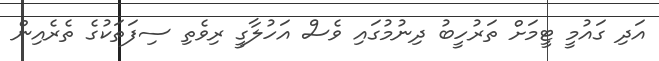
އަދި ގައުމީ ޓީމަށް ތަރުހީބު ދިނުމުގައި ވެސް އަހުލާގީ ރިވެތި ސިފަތަކުގެ ތެރެއިން